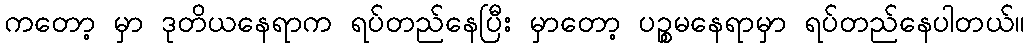
ကတော့ မှာ ဒုတိယနေရာက ရပ်တည်နေပြီး မှာတော့ ပဉ္စမနေရာမှာ ရပ်တည်နေပါတယ်။